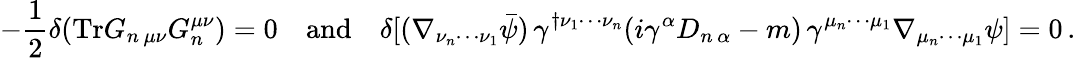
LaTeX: -\frac{1}{2}\delta(\mathrm{Tr}G_{n\, \mu\nu}G_{n}^{\mu\nu})=0\quad\mathrm{and}\quad\delta[(\nabla_{\nu_{n}\cdots\nu_{1}}\bar{\psi})\, \gamma^{\dagger\nu_{1}\cdots\nu_{n}}(i\gamma^{\alpha}D_{n\, \alpha}-m)\, \gamma^{\mu_{n}\cdots\mu_{1}}\nabla_{\mu_{n}\cdots\mu_{1}}\psi]=0\, .